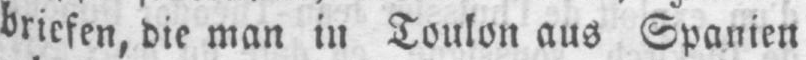
briefen, die man in Toulon aus Spanien